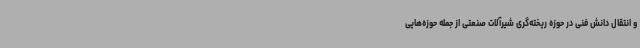
و انتقال دانش فنی در حوزه ریخته‌گری شیرآلات صنعتی از جمله حوزه‌هایی